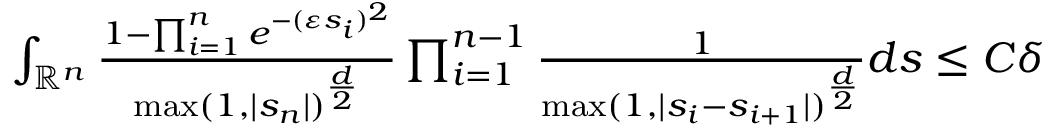
\begin{array} { r } { \int _ { \mathbb { R } ^ { n } } \frac { 1 - \prod _ { i = 1 } ^ { n } e ^ { - ( \varepsilon s _ { i } ) ^ { 2 } } } { \operatorname* { m a x } ( 1 , | s _ { n } | ) ^ { \frac { d } { 2 } } } \prod _ { i = 1 } ^ { n - 1 } \frac { 1 } { \operatorname* { m a x } ( 1 , | s _ { i } - s _ { i + 1 } | ) ^ { \frac { d } { 2 } } } d \boldsymbol { s } \leq C \delta } \end{array}